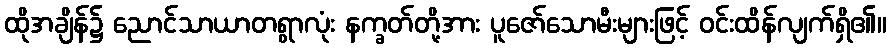
ထိုအချိန်၌ ညောင်သာယာတရွာလုံး နက္ခတ်တို့အား ပူဇော်သောမီးများဖြင့် ဝင်းထိန်လျက်ရှိ၏။